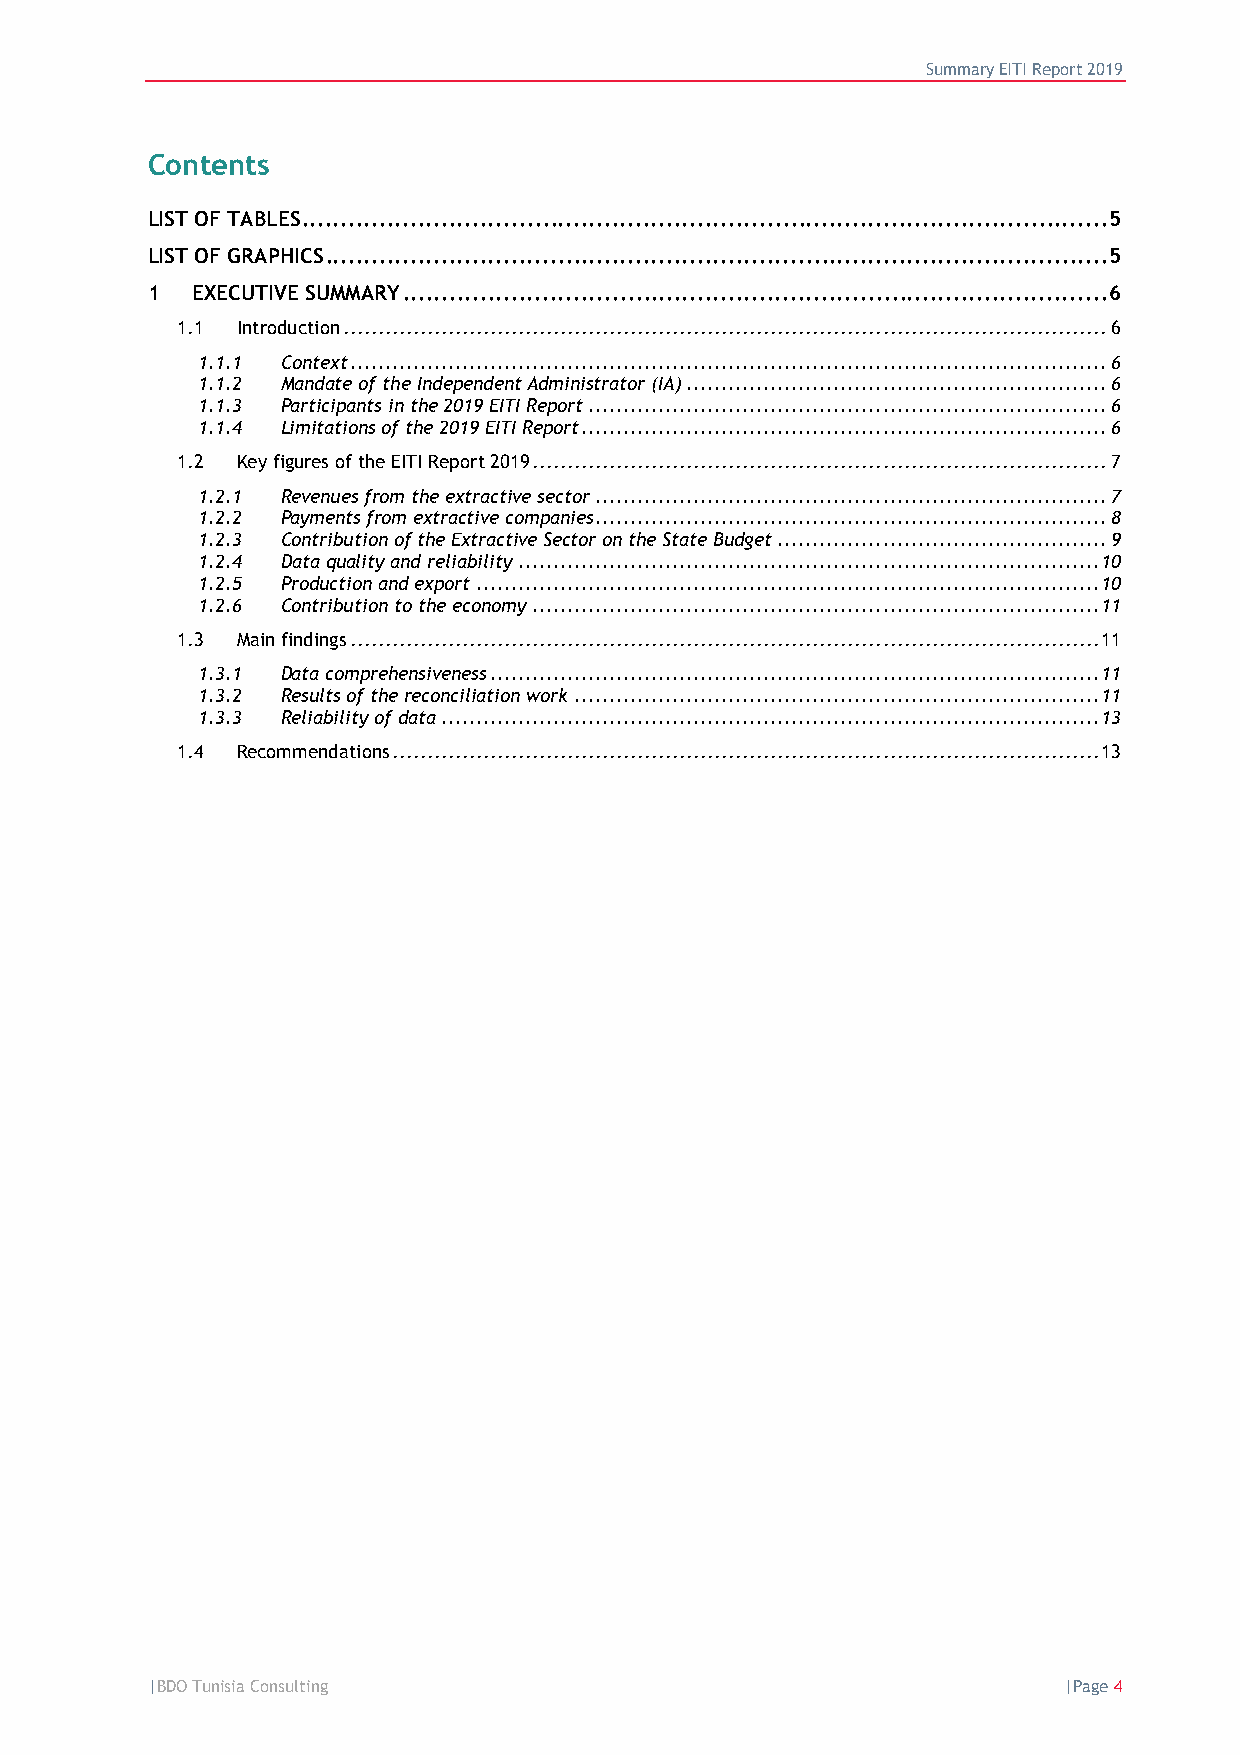
Summary EITI Report 2019
 Contents
 LIST OF TABLES ........................................................................................................5
 LIST OF GRAPHICS .....................................................................................................5
 1  EXECUTIVE SUMMARY ...........................................................................................6
 1.1 Introduction ............................................................................................................. 6
 1.1.1 Context ............................................................................................................ 6
 1.1.2 Mandate of the Independent Administrator (IA) ............................................................ 6
 1.1.3 Participants in the 2019 EITI Report .......................................................................... 6
 1.1.4 Limitations of the 2019 EITI Report ........................................................................... 6
 1.2 Key figures of the EITI Report 2019 .................................................................................. 7
 1.2.1 Revenues from the extractive sector ......................................................................... 7
 1.2.2 Payments from extractive companies ......................................................................... 8
 1.2.3 Contribution of the Extractive Sector on the State Budget ............................................... 9
 1.2.4 Data quality and reliability ................................................................................... 10
 1.2.5 Production and export ......................................................................................... 10
 1.2.6 Contribution to the economy ................................................................................. 11
 1.3 Main findings ........................................................................................................... 11
 1.3.1 Data comprehensiveness ....................................................................................... 11
 1.3.2 Results of the reconciliation work ........................................................................... 11
 1.3.3 Reliability of data .............................................................................................. 13
 1.4 Recommendations ..................................................................................................... 13
 |BDO Tunisia Consulting                                     |Page 4